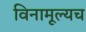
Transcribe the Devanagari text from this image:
विनामूल्यच